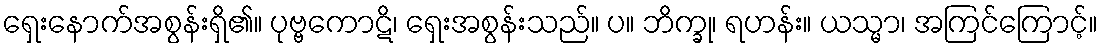
ရှေးနောက်အစွန်းရှိ၏။ ပုဗ္ဗကောဋိ၊ ရှေးအစွန်းသည်။ ပ။ ဘိက္ခု၊ ရဟန်း။ ယသ္မာ၊ အကြင်ကြောင့်။